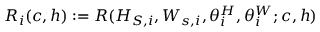
R _ { i } ( c , h ) : = R ( H _ { S , i } , W _ { s , i } , \theta _ { i } ^ { H } , \theta _ { i } ^ { W } ; c , h )